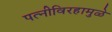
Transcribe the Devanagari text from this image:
पत्‍नीविरहामुळे